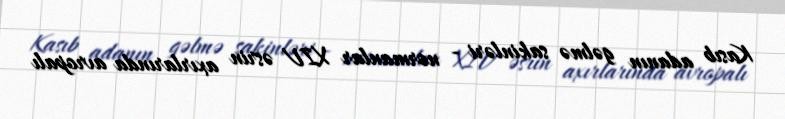
Kasıb adanın gəlmə sakinləri - normanlar XIV əsrin axırlarında avropalı